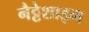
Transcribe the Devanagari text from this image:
नैट्टेशाइम